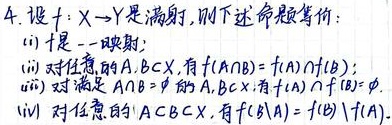
4. 设$f:X\to Y$是满射, 则下述命题等价:
(i) $f$ 是一一映射;
(ii) 对任意的 $A,B\subset X$, 有 $f(A\cap B)=f(A)\cap f(B)$;
(iii) 对满足 $A\cap B=\varnothing$ 的 $A,B\subset X$, 有 $f(A)\cap f(B)=\varnothing$;
(iv) 对任意的 $A\subset B\subset X$, 有 $f(B - A)=f(B)-f(A)$.